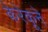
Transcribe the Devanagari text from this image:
केरेकूने